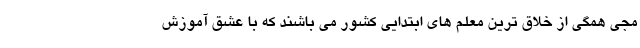
مجی همگی از خلاق ترین معلم های ابتدایی کشور می باشند که با عشق آموزش